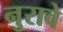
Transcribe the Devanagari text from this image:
नुरावे